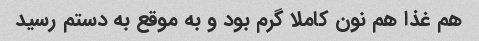
هم غذا هم نون کاملا گرم بود و به موقع به دستم رسید